Civil Veterinary Dept. Bombay admin report 1893-99 - 1893-1899
Year: 1893
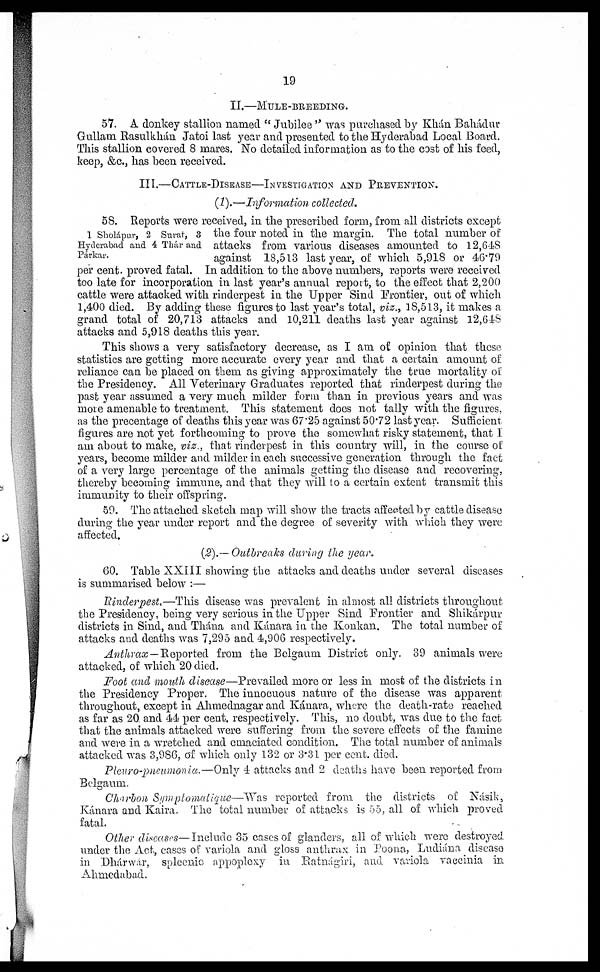
19
II.––MULE-BREEDING.
57. A donkey stallion named " Jubilee " was purchased by Khán Bahádur
Gullam Rasulkhán Jatoi last year and presented to the Hyderabad Local Board.
This stallion covered 8 mares. No detailed information as to the cost of his feed,
keep, &c., has been received.
III.—CATTLE-DISEASE––INVESTIGATION AND PREVENTION.
(1).—Information collected.
1 Sholápur, 2 Surat, 3
Hyderabad and 4 Thár and
Párkar.
58. Reports were received, in the prescribed form, from all districts except
the four noted in the margin. The total number of
attacks from various diseases amounted to 12,648
against 18,513 last year, of which 5,918 or 46.79
per cent. proved fatal. In addition to the above numbers, reports were received
too late for incorporation in last year's annual report, to the effect that 2,200
cattle were attacked with rinderpest in the Upper Sind Frontier, out of which
1,400 died. By adding these figures to last year's total, viz., 18,513, it makes a
grand total of 20,713 attacks and 10,211 deaths last year against 12,648
attacks and 5,918 deaths this year.
This shows a very satisfactory decrease, as I am of opinion that these
statistics are getting more accurate every year and that a certain amount of
reliance can be placed on them as giving approximately the true mortality of
the Presidency. All Veterinary Graduates reported that rinderpest during the
past year assumed a very much milder form than in previous years and was
more amenable to treatment. This statement does not tally with the figures.
as the precentage of deaths this year was 67.25 against 50.72 last year. Sufficient
figures are not yet forthcoming to prove the somewhat risky statement, that I
am about to make, viz., that rinderpest in this country will, in the course of
years, become milder and milder in each successive generation through the fact
of a very large percentage of the animals getting the disease and recovering,
thereby becoming immune, and that they will to a certain extent transmit this
immunity to their offspring.
59. The attached sketch map will show the tracts affected by cattle disease
during the year under report and the degree of severity with which they were
affected.
(2).— Outbreaks during the year.
60. Table XXIII showing the attacks and deaths under several diseases
is summarised below :—
Rinderpest.—This disease was prevalent in almost all districts throughout
the Presidency, being very serious in the Upper Sind Frontier and Shikárpur
districts in Sind, and Thána and Kánara in the Konkan. The total number of
attacks and deaths was 7,295 and 4,906 respectively.
Anthrax — Reported from the Belgaum District only. 39 animals were
attacked, of which 20 died.
Foot and mouth disease—Prevailed more or less in most of the districts in
the Presidency Proper. The innocuous nature of the disease was apparent
throughout, except in Ahmednagar and Kánara, where the death-rate reached
as far as 20 and 44 per cent. respectively. This, no doubt, was due to the fact
that the animals attacked were suffering from the severe effects of the famine
and were in a wretched and emaciated condition. The total number of animals
attacked was 3,986, of which only 132 or 3.31 per cent. died.
Pleuro-pneumonia.—Only 4 attacks and 2 deaths have been reported from
Belgaum.
Charbon Symptomatique—Was reported from the districts of Násik,
Kánara and Kaira. The total number of attacks is 55, all of which proved
fatal.
Other diseases—Include 35 cases of glanders, all of which were destroyed
under the Act, cases of variola and gloss anthrax in Poona, Ludiána disease
in Dhárwár, spleenic appoplexy in Ratnágiri, and variola vaccinia in
Ahmedabad.